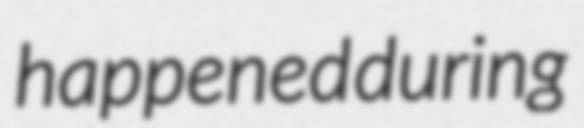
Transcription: happened during